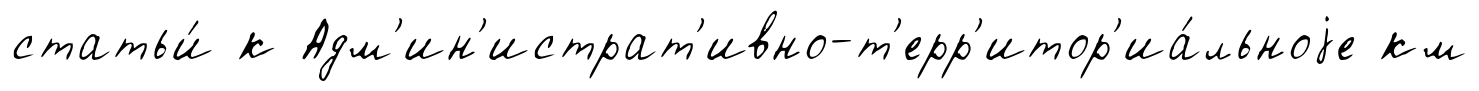
статьи́ к Адм'ин'истрат'ивно-т'ерр'итор'иа́льноjе км